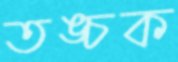
তঙ্চক